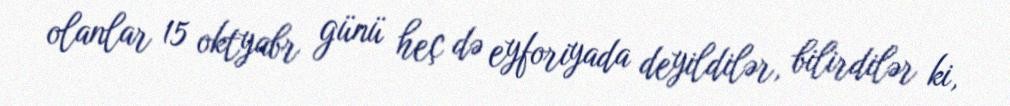
olanlar 15 oktyabr günü heç də eyforiyada deyildilər, bilirdilər ki,